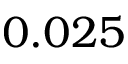
0 . 0 2 5